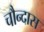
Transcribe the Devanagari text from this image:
चौन्दास